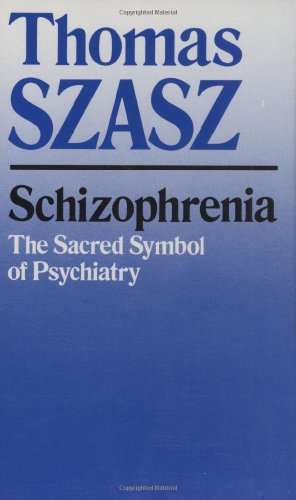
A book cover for Schizophrenia: The Sacred Symbol of Psychiatry; Thomas Szasz; Health, Fitness & Dieting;